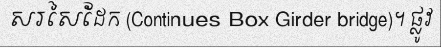
សរសៃដែក (Continues Box Girder bridge)។ ផ្លូវ